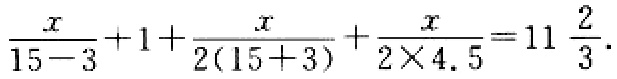
\(\frac{x}{15 - 3}+1+\frac{x}{2(15 + 3)}+\frac{x}{2\times4.5}=11\frac{2}{3}\)